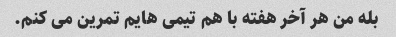
بله من هر آخر هفته با هم تیمی هایم تمرین می کنم.